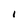
Character: I